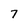
Character: 7